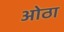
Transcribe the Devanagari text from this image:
ओठा